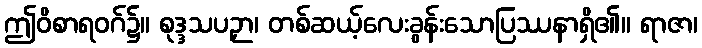
ဤဝိစာရဝဂ်၌။ စုဒ္ဒသပဉှာ၊ တစ်ဆယ့်လေးခွန်းသောပြဿနာရှိ၏။ ရာဇာ၊